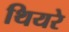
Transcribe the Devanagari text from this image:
थियरे